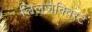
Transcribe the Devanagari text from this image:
लिलजेक्विस्ट